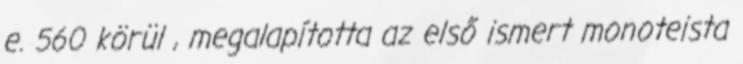
e. 560 körül , megalapította az első ismert monoteista